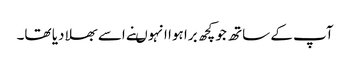
آپ کے ساتھ جو کچھ برا ہوا انہوںنے اسے بھلا دیا تھا۔